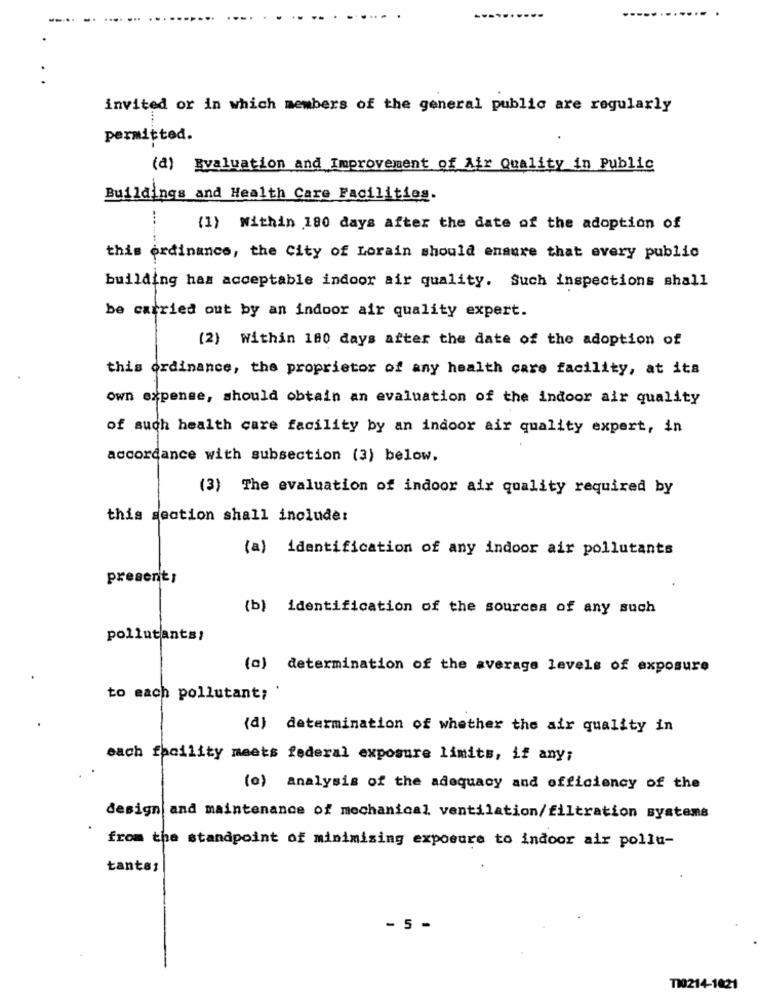
invited or in which members of the general public are regularly
permitted.
(a) Evaluation and Improvement of Air Quality in Public
Buildings and Health Care Facilities.
(1) Within 180 days after the date of the adoption of
this ordinance, the City of Lorain should ensure that every public
building has acceptable indoor air quality. Such inspections shall
be carried out by an indoor air quality expert.
(2) Within 180 days after the date of the adoption of
this ordinance, the proprietor of any health care facility, at its
own expense, should obtain an evaluation of the indoor air quality
of such health care facility by an indoor air quality expert, in
accordance with subsection (3) below.
(3) The evaluation of indoor air quality required by
this section shall include:
(a) identification of any indoor air pollutants
present;
(b) identification of the sources of any such
pollutants?
(a) determination of the average levels of exposure
to each pollutant;
(d) determination of whether the air quality in
each facility meets federal exposure limits, if any;
(o) analysis of the adequacy and efficiency of the
design and maintenance of mechanical ventilation/filtration systems
from the standpoint of minimising exposure to indoor air pollu-
tants:
- 5 -
TI0214-1021